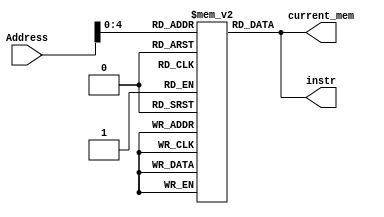
`timescale 1ns / 1ns

	module Instruction_Memory(Address, instr, current_mem);
	parameter BITSIZE = 32;
	parameter REGSIZE = 32;
	input [REGSIZE-1:0] Address;
	output reg [BITSIZE-1:0] instr, current_mem;
	reg [BITSIZE-1:0] memory_file [0:REGSIZE-1];	// Entire list of memory


	// Asyncronous read of memory. Was not specified.
	always @(Address, memory_file[Address])
	begin
		instr = memory_file[Address];
		current_mem = instr;
	end

	integer i;
	// method of filling the memory instead of through a test bench
	initial
		begin
			i = 0;
			
			i = i+1;
			memory_file[i] = 32'b0000000_01011_01011_000_01100_0110011; // add
			
			i = i+1;
			memory_file[i] = 32'b0100000_00001_00000_000_01100_0110011; //sub
			
			i = i+1;
			memory_file[i] = 32'b0000000_00001_01101_110_01101_0110011; //or
			
			i = i+1;
			memory_file[i] = 32'b0000000_00001_00000_111_01100_0110011; //and
			
			i = i+1;
			memory_file[i] = 32'b000000000000_00000_000_01100_0010011; //addi
			
			i = i+1;
			memory_file[i] = 32'b0000000_00001_00000_010_01100_0100011; //sw
			
			i = i+1;
			memory_file[i] = 32'b000000000000_00000_010_01100_0000011; //lw
			
			i = i+1;
			memory_file[i] = 32'b00000000000000000000_01100_1101111; //jal

			i = i+1;
			memory_file[i] = 32'b0000000_00001_00000_001_01100_1100011; //bne
			
			i = i+1;
			memory_file[i] = 32'b00000000000000000000_01100_0110111; //lui (first part of large constant)
			
			i = i+1;
			memory_file[i] = 32'b000000000000_00000_000_01100_0010011; //addi (second part or large constant)
			
		end
	endmodule